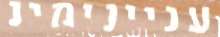
עניינימינ